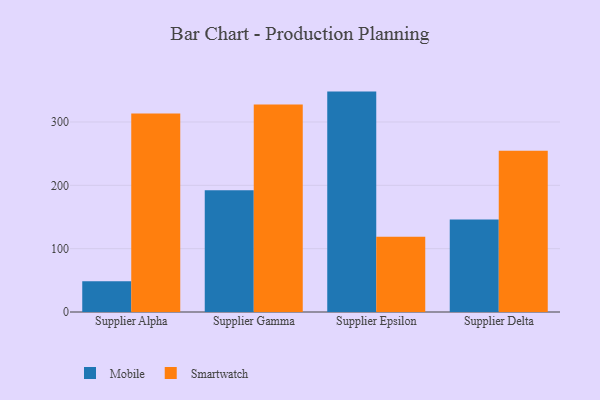
{"axis": {"x": "Supplier", "y": "Budget (USD K)"}, "legend": ["Mobile", "Smartwatch"], "data": [{"x": "Supplier Alpha", "y": 48.6, "type": "Mobile"}, {"x": "Supplier Alpha", "y": 313.3, "type": "Smartwatch"}, {"x": "Supplier Gamma", "y": 192.3, "type": "Mobile"}, {"x": "Supplier Gamma", "y": 327.8, "type": "Smartwatch"}, {"x": "Supplier Epsilon", "y": 348.0, "type": "Mobile"}, {"x": "Supplier Epsilon", "y": 118.7, "type": "Smartwatch"}, {"x": "Supplier Delta", "y": 146.2, "type": "Mobile"}, {"x": "Supplier Delta", "y": 254.8, "type": "Smartwatch"}]}